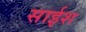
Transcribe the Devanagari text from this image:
साईश